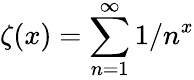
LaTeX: \zeta(x)=\sum_{n=1}^{\infty}1/n^{x}